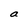
Character: a